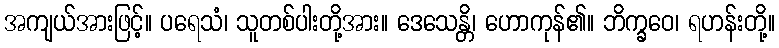
အကျယ်အားဖြင့်။ ပရေသံ၊ သူတစ်ပါးတို့အား။ ဒေသေန္တိ၊ ဟောကုန်၏။ ဘိက္ခဝေ၊ ရဟန်းတို့။